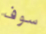
سوف